Vaccination United Provinces of Agra and Oudh 1923-1928 - 1923-1928
Year: 1923
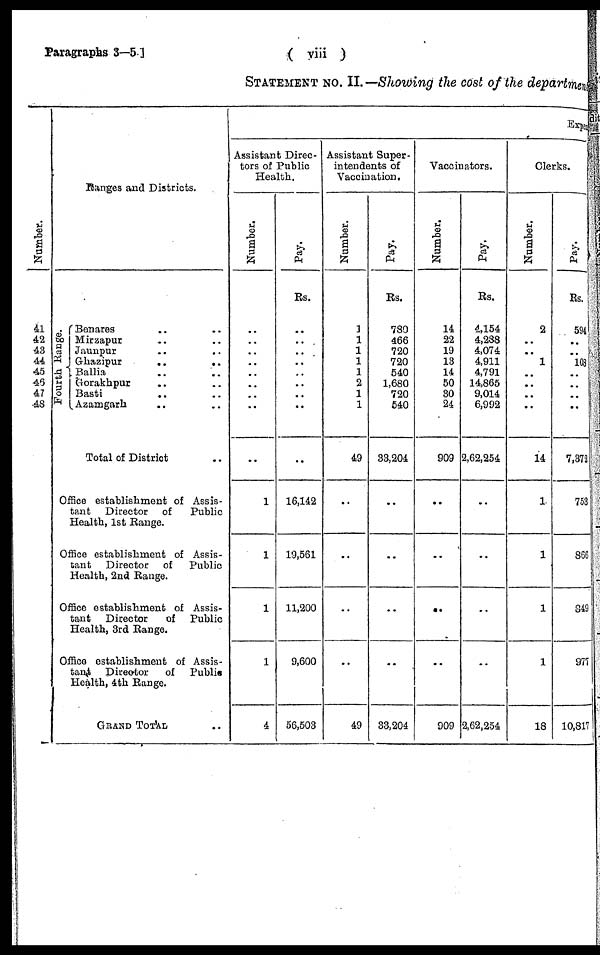
Paragraphs 3—5]
( viii )
STATEMENT No. II.—Showing the cost of the departmen
Number.
41
42
43
44
45
45
47
48
Ranges and Districts.
Fourth Range.
Benares .. ..
Mirzapur .. ..
Jaunpur .. ..
Ghazipur
..
..
Ballia .. ..
Gorakhpur .. ..
Basti .. ..
Azamgarh .. ..
Total of District ..
Office establishment of Assis-
tant Director of
Public
Health, 1st Range.
Office establishment of Assis-
tant Director of
Public
Health, 2nd Range.
Office establishment of Assis-
tant
Director
of
Public
Health, 3rd Range.
Office establishment of Assis-
tant Director
of
Public
Health, 4th Range.
GRAND TOTAL ..
Expen
Assistant Direc-
tors of Public
Health.
Number.
..
..
..
..
..
..
..
..
..
1
1
1
1
4
Pay.
Rs.
..
..
..
..
..
..
..
..
..
16,142
19,561
11,200
9,600
56,503
Assistant Super-
intendents of
Vaccination.
Number.
1
1
1
1
1
2
1
1
49
..
..
..
..
49
Pay.
Rs.
780
466
720
720
540
1,680
720
540
33,204
..
..
..
..
33,204
Vaccinators.
Number.
14
22
19
13
14
50
30
24
909
..
..
..
..
909
Pay.
Rs.
4,154
4,288
4,074
4,911
4,791
14,865
9,014
6,992
2,62,254
..
..
..
..
2,62,254
Clerks.
Number.
2
..
..
1
..
..
..
..
14
1
1
1
1
18
Pay.
Rs.
594
..
..
108
..
..
..
..
7,372
753
866
849
977
10,817